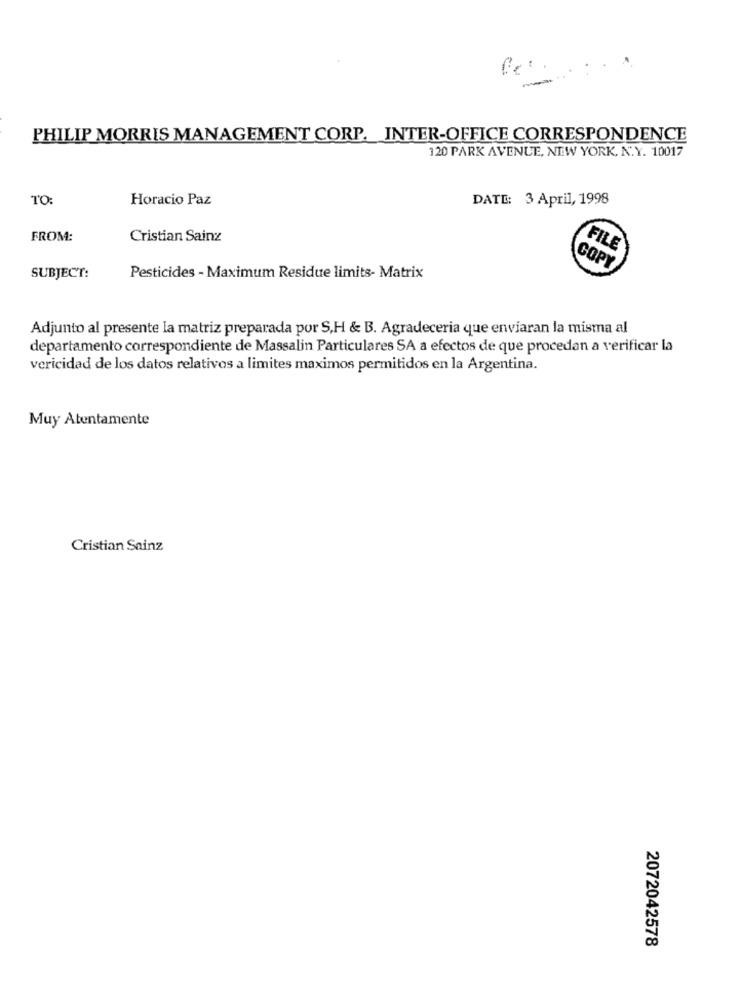
PHILIP MORRIS MANAGEMENT CORP. INTER-OFFICE CORRESPONDENCE
120 PARK AVENUE, NEW YORK, N.Y. 10017
TO
Horacio Paz
DATE: 3 April, 1998
FROM:
Cristian Sainz
FILE
COPY
SUBJECT:
Pesticides - Maximum Residue limits- Matrix
Adjunto al presente la matriz preparada por S,H & B. Agradeceria que enviaran la misma al
departamento correspondiente de Massalin Particulares SA a efectos de que procedan a verificar la
vericidad de los datos relativos a limites maximos permitidos en la Argentina.
Muy Atentamente
Cristian Sainz
2072042578